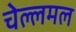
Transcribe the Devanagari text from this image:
चेल्लमल